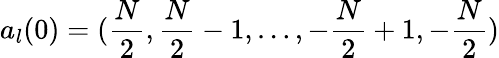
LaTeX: a_{l}(0)=({\frac{N}{2}},{\frac{N}{2}}-1,\dots,-{\frac{N}{2}}+1,-{\frac{N}{2}})